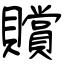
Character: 贘